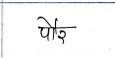
मजकूर: पौर